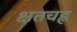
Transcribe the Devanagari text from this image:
क्षतचह्न